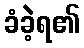
ခံခဲ့ရ၏